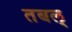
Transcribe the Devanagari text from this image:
तबल्